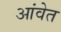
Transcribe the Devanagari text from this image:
आंवेत